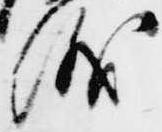
儀